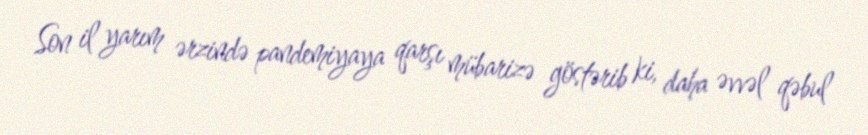
Son il yarım ərzində pandemiyaya qarşı mübarizə göstərib ki, daha əvvəl qəbul